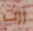
زرت